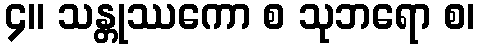
၄။ သန္တုဿကော စ သုဘရော စ၊